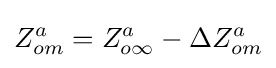
Z_{om}^{a}=Z_{o\infty }^{a}-\Delta Z_{om}^{a}